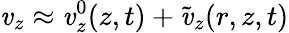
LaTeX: \mathit{v}_{z}\approx\mathit{v}_{z}^{0}(z,t)+\tilde{{\mathit{v}}}_{z}(r,z,t)